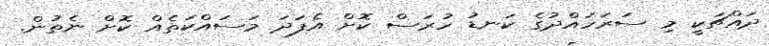
ދައްޗަކީ މި ސަރަހައްދުގެ ކަނޑު ހުރަސް ކޮށް އެފަދަ މަސައްކަތެއް ކޮށް ނެތުން.